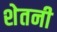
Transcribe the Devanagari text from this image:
शेतनी